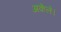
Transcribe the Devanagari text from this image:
अकेले।